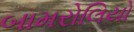
બામરોલિયો